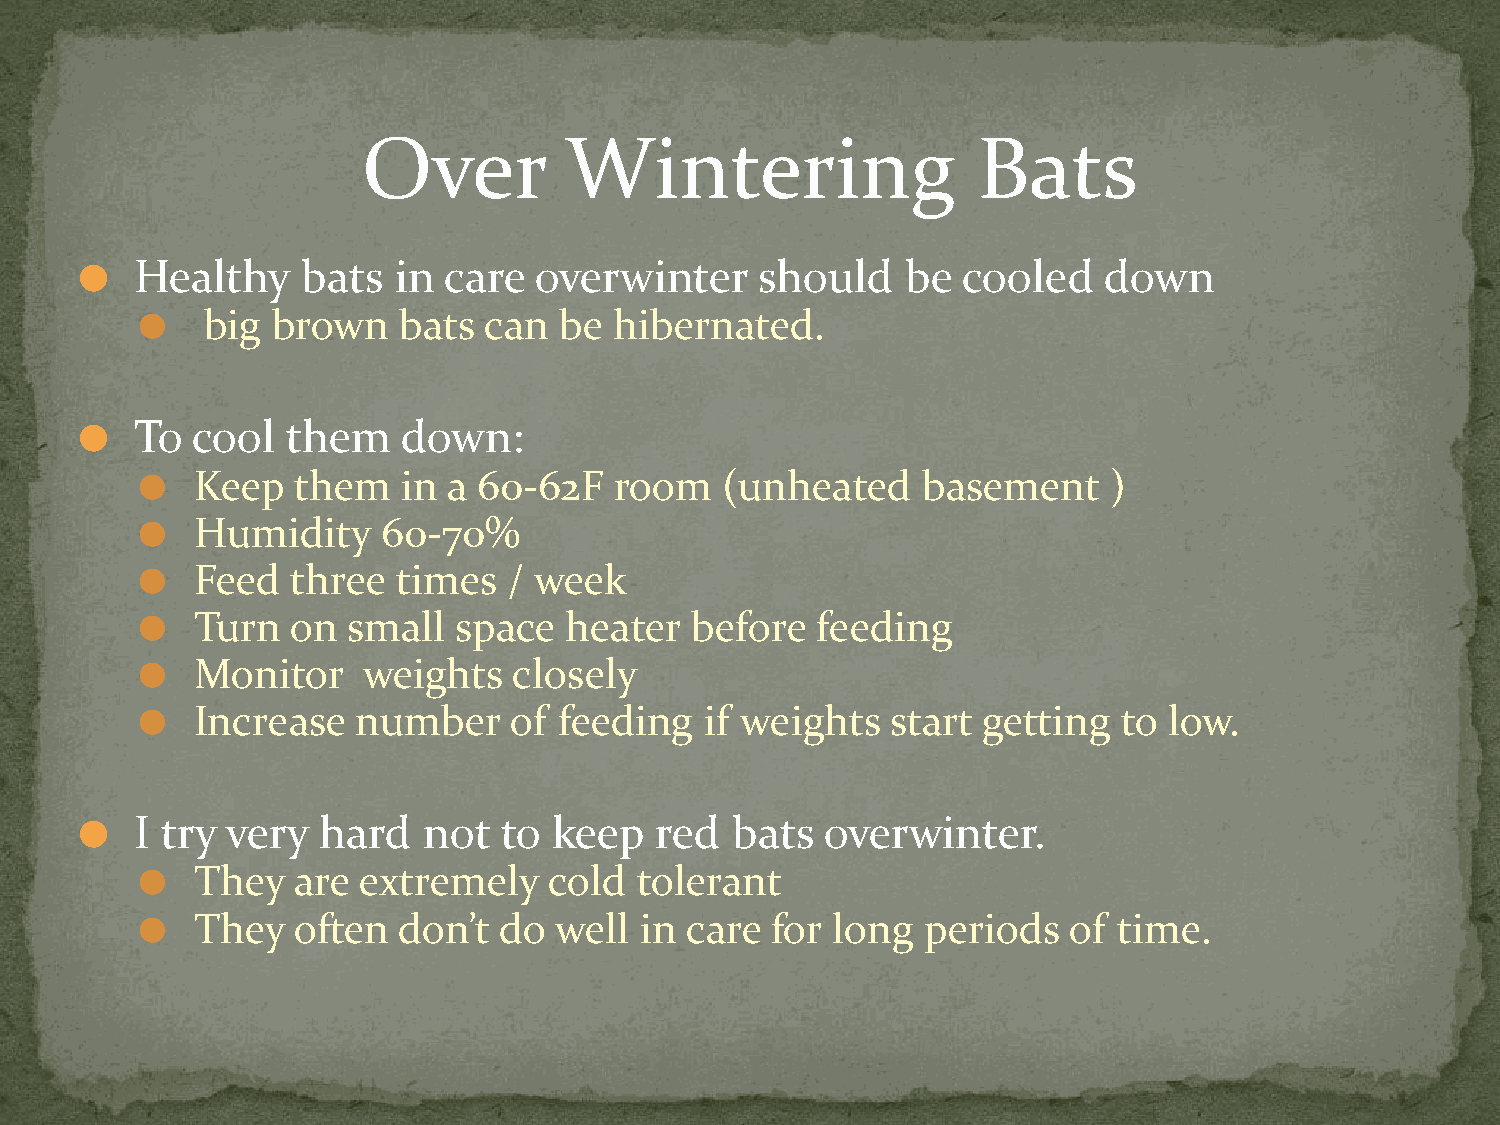
Over         Wintering                   Bats
 Healthy    bats  in care  overwinter     should    be  cooled   down
 ⚫
 big brown   bats  can  be  hibernated.
 ⚫
 To  cool  them    down:
 ⚫
 Keep   them   in a 60-62F   room   (unheated    basement     )
 ⚫
 Humidity    60-70%
 ⚫
 Feed  three  times   / week
 ⚫
 Turn  on  small  space  heater   before  feeding
 ⚫
 Monitor    weights   closely
 ⚫
 Increase   number    of feeding   if weights  start getting  to low.
 ⚫
 I try very  hard   not  to  keep  red  bats   overwinter.
 ⚫
 They  are  extremely   cold  tolerant
 ⚫
 They  often  don’t  do  well in care  for long  periods   of time.
 ⚫